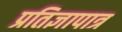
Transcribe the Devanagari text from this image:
प्रतिज्ञापात्र